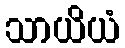
သာယိယံ